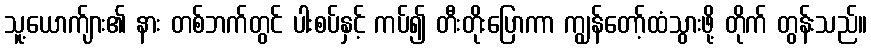
သူ့ယောက်ျား၏ နား တစ်ဘက်တွင် ပါးစပ်နှင့် ကပ်၍ တီးတိုးပြောကာ ကျွန်တော့်ထံသွားဖို့ တိုက် တွန်းသည်။